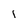
Character: i